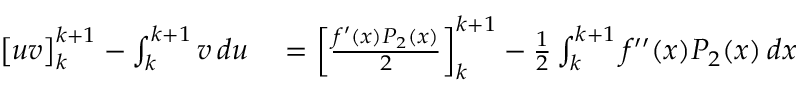
\begin{array} { r l } { { \bigl [ } u v { \bigr ] } _ { k } ^ { k + 1 } - \int _ { k } ^ { k + 1 } v \, d u } & { { } = \left[ { \frac { f ^ { \prime } ( x ) P _ { 2 } ( x ) } { 2 } } \right] _ { k } ^ { k + 1 } - { \frac { 1 } { 2 } } \int _ { k } ^ { k + 1 } f ^ { \prime \prime } ( x ) P _ { 2 } ( x ) \, d x } \end{array}